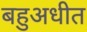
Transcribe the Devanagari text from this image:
बहुअधीत